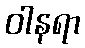
ဝါနရာ